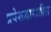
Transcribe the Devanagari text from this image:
प्रवेशद्वारातील